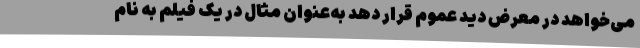
می‌خواهد در معرض دید عموم قرار دهد به‌عنوان مثال در یک فیلم به نام